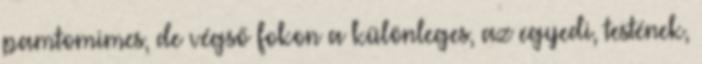
pamtomimes, de végső fokon a különleges, az egyedi, testének,